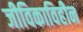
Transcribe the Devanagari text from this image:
जीविकाविहीन